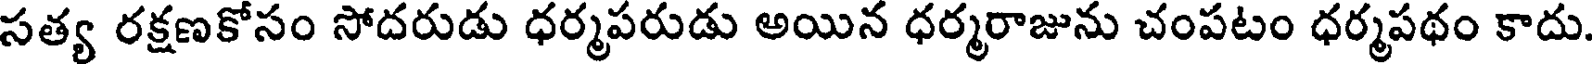
సత్య రక్షణకోసం సోదరుడు ధర్మపరుడు అయిన ధర్మరాజును చంపటం ధర్మపథం కాదు